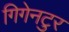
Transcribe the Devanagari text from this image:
गिगेनटुर